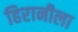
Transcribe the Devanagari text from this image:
हिरानीला